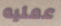
عمليه